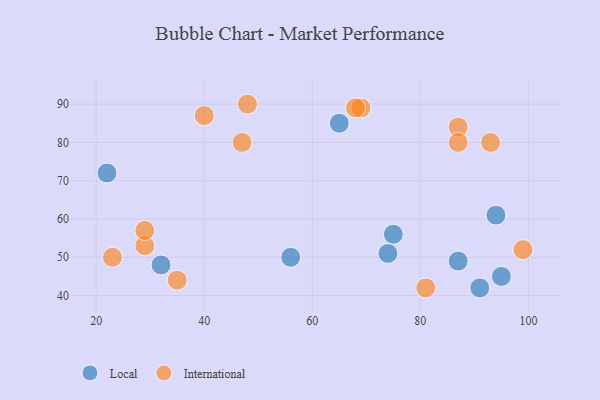
{"axis": {"x": "GDP", "y": "Life Expectancy"}, "legend": ["International", "Local"], "data": [{"x": "94", "y": 61, "type": "Local"}, {"x": "75", "y": 56, "type": "Local"}, {"x": "56", "y": 50, "type": "Local"}, {"x": "65", "y": 85, "type": "Local"}, {"x": "87", "y": 49, "type": "Local"}, {"x": "91", "y": 42, "type": "Local"}, {"x": "32", "y": 48, "type": "Local"}, {"x": "74", "y": 51, "type": "Local"}, {"x": "22", "y": 72, "type": "Local"}, {"x": "95", "y": 45, "type": "Local"}, {"x": "93", "y": 80, "type": "International"}, {"x": "69", "y": 89, "type": "International"}, {"x": "40", "y": 87, "type": "International"}, {"x": "99", "y": 52, "type": "International"}, {"x": "29", "y": 53, "type": "International"}, {"x": "48", "y": 90, "type": "International"}, {"x": "68", "y": 89, "type": "International"}, {"x": "47", "y": 80, "type": "International"}, {"x": "87", "y": 84, "type": "International"}, {"x": "35", "y": 44, "type": "International"}, {"x": "29", "y": 57, "type": "International"}, {"x": "81", "y": 42, "type": "International"}, {"x": "23", "y": 50, "type": "International"}, {"x": "87", "y": 80, "type": "International"}]}